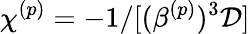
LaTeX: \chi^{(p)}=-1/[(\beta^{(p)})^{3}\mathcal{D}]